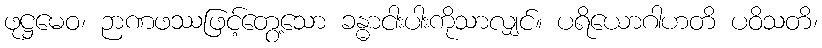
ဖုဋ္ဌမေဝ၊ ဉာဏဖဿဖြင့်တွေ့သော ခန္ဓာငါးပါးကိုသာလျှင်။ ပရိယောဂါဟတိ ပဝိသတိ၊